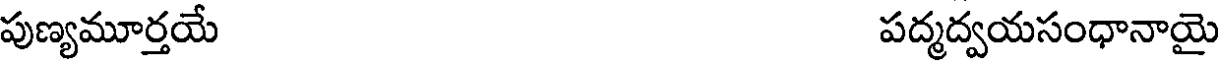
పుణ్యమూర్తయే పద్మద్వయసంధానాయై